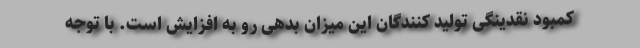
کمبود نقدینگی تولید کنندگان این میزان بدهی رو به افزایش است. با توجه